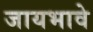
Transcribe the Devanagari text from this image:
जायभावे